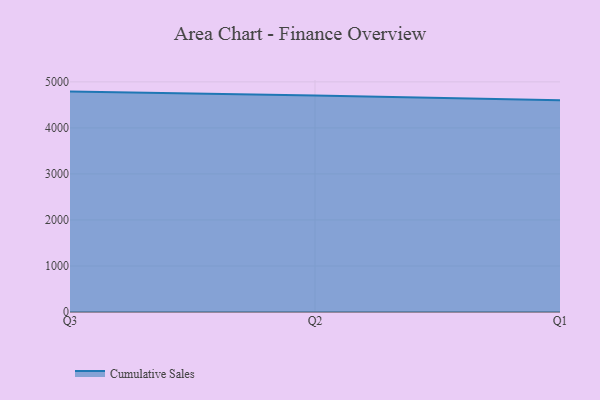
{"axis": {"x": "Quarter", "y": "Waste Production (Tons)"}, "legend": ["Cumulative Sales"], "data": [{"x": "Q3", "y": 4789.0, "type": "Cumulative Sales"}, {"x": "Q2", "y": 4702.0, "type": "Cumulative Sales"}, {"x": "Q1", "y": 4598.4, "type": "Cumulative Sales"}]}